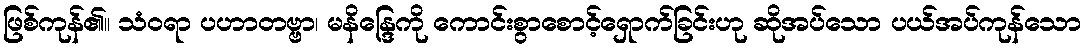
ဖြစ်ကုန်၏။ သံဝရာ ပဟာတဗ္ဗာ၊ မနိန္ဒြေကို ကောင်းစွာစောင့်ရှောက်ခြင်းဟု ဆိုအပ်သော ပယ်အပ်ကုန်သော